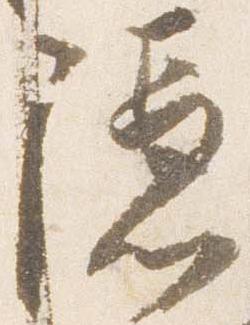
隠